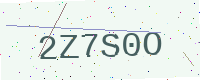
Text: 2Z7S0O